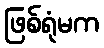
ဖြစ်ရုံမက